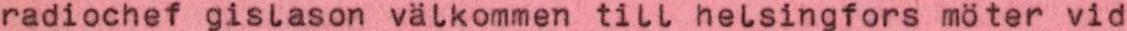
radiochef gislason välkommen till helsingfors möter vid